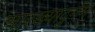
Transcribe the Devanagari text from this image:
सारख्यादुर्गम